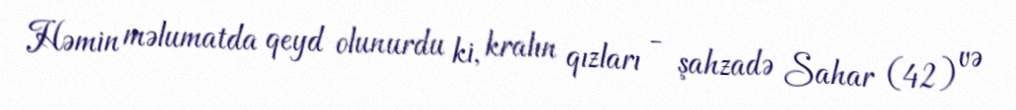
Həmin məlumatda qeyd olunurdu ki, kralın qızları - şahzadə Sahar (42) və